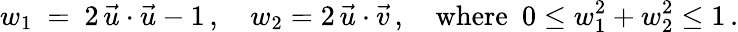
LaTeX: w_{1}~=~2\, \vec{u}\cdot\vec{u}-1\, ,\quad w_{2}=2\, \vec{u}\cdot\vec{v}\, ,\quad\mathrm{where\ }\ 0\le w_{1}^{2}+w_{2}^{2}\le 1\, .